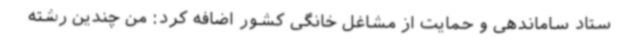
ستاد ساماندهی و حمایت از مشاغل خانگی کشور اضافه کرد: من چندین رشته